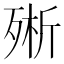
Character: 㱤